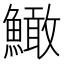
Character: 䲎